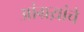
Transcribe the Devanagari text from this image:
आंग्रय़ांचे